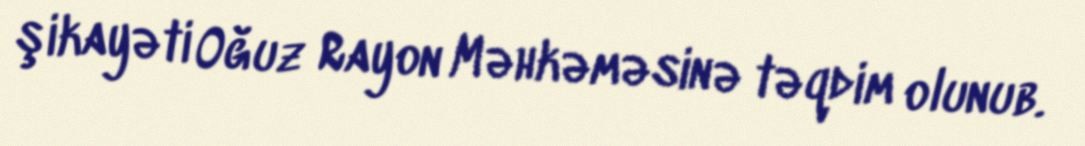
şikayəti Oğuz Rayon Məhkəməsinə təqdim olunub.